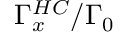
\Gamma _ { x } ^ { H C } / \Gamma _ { 0 }